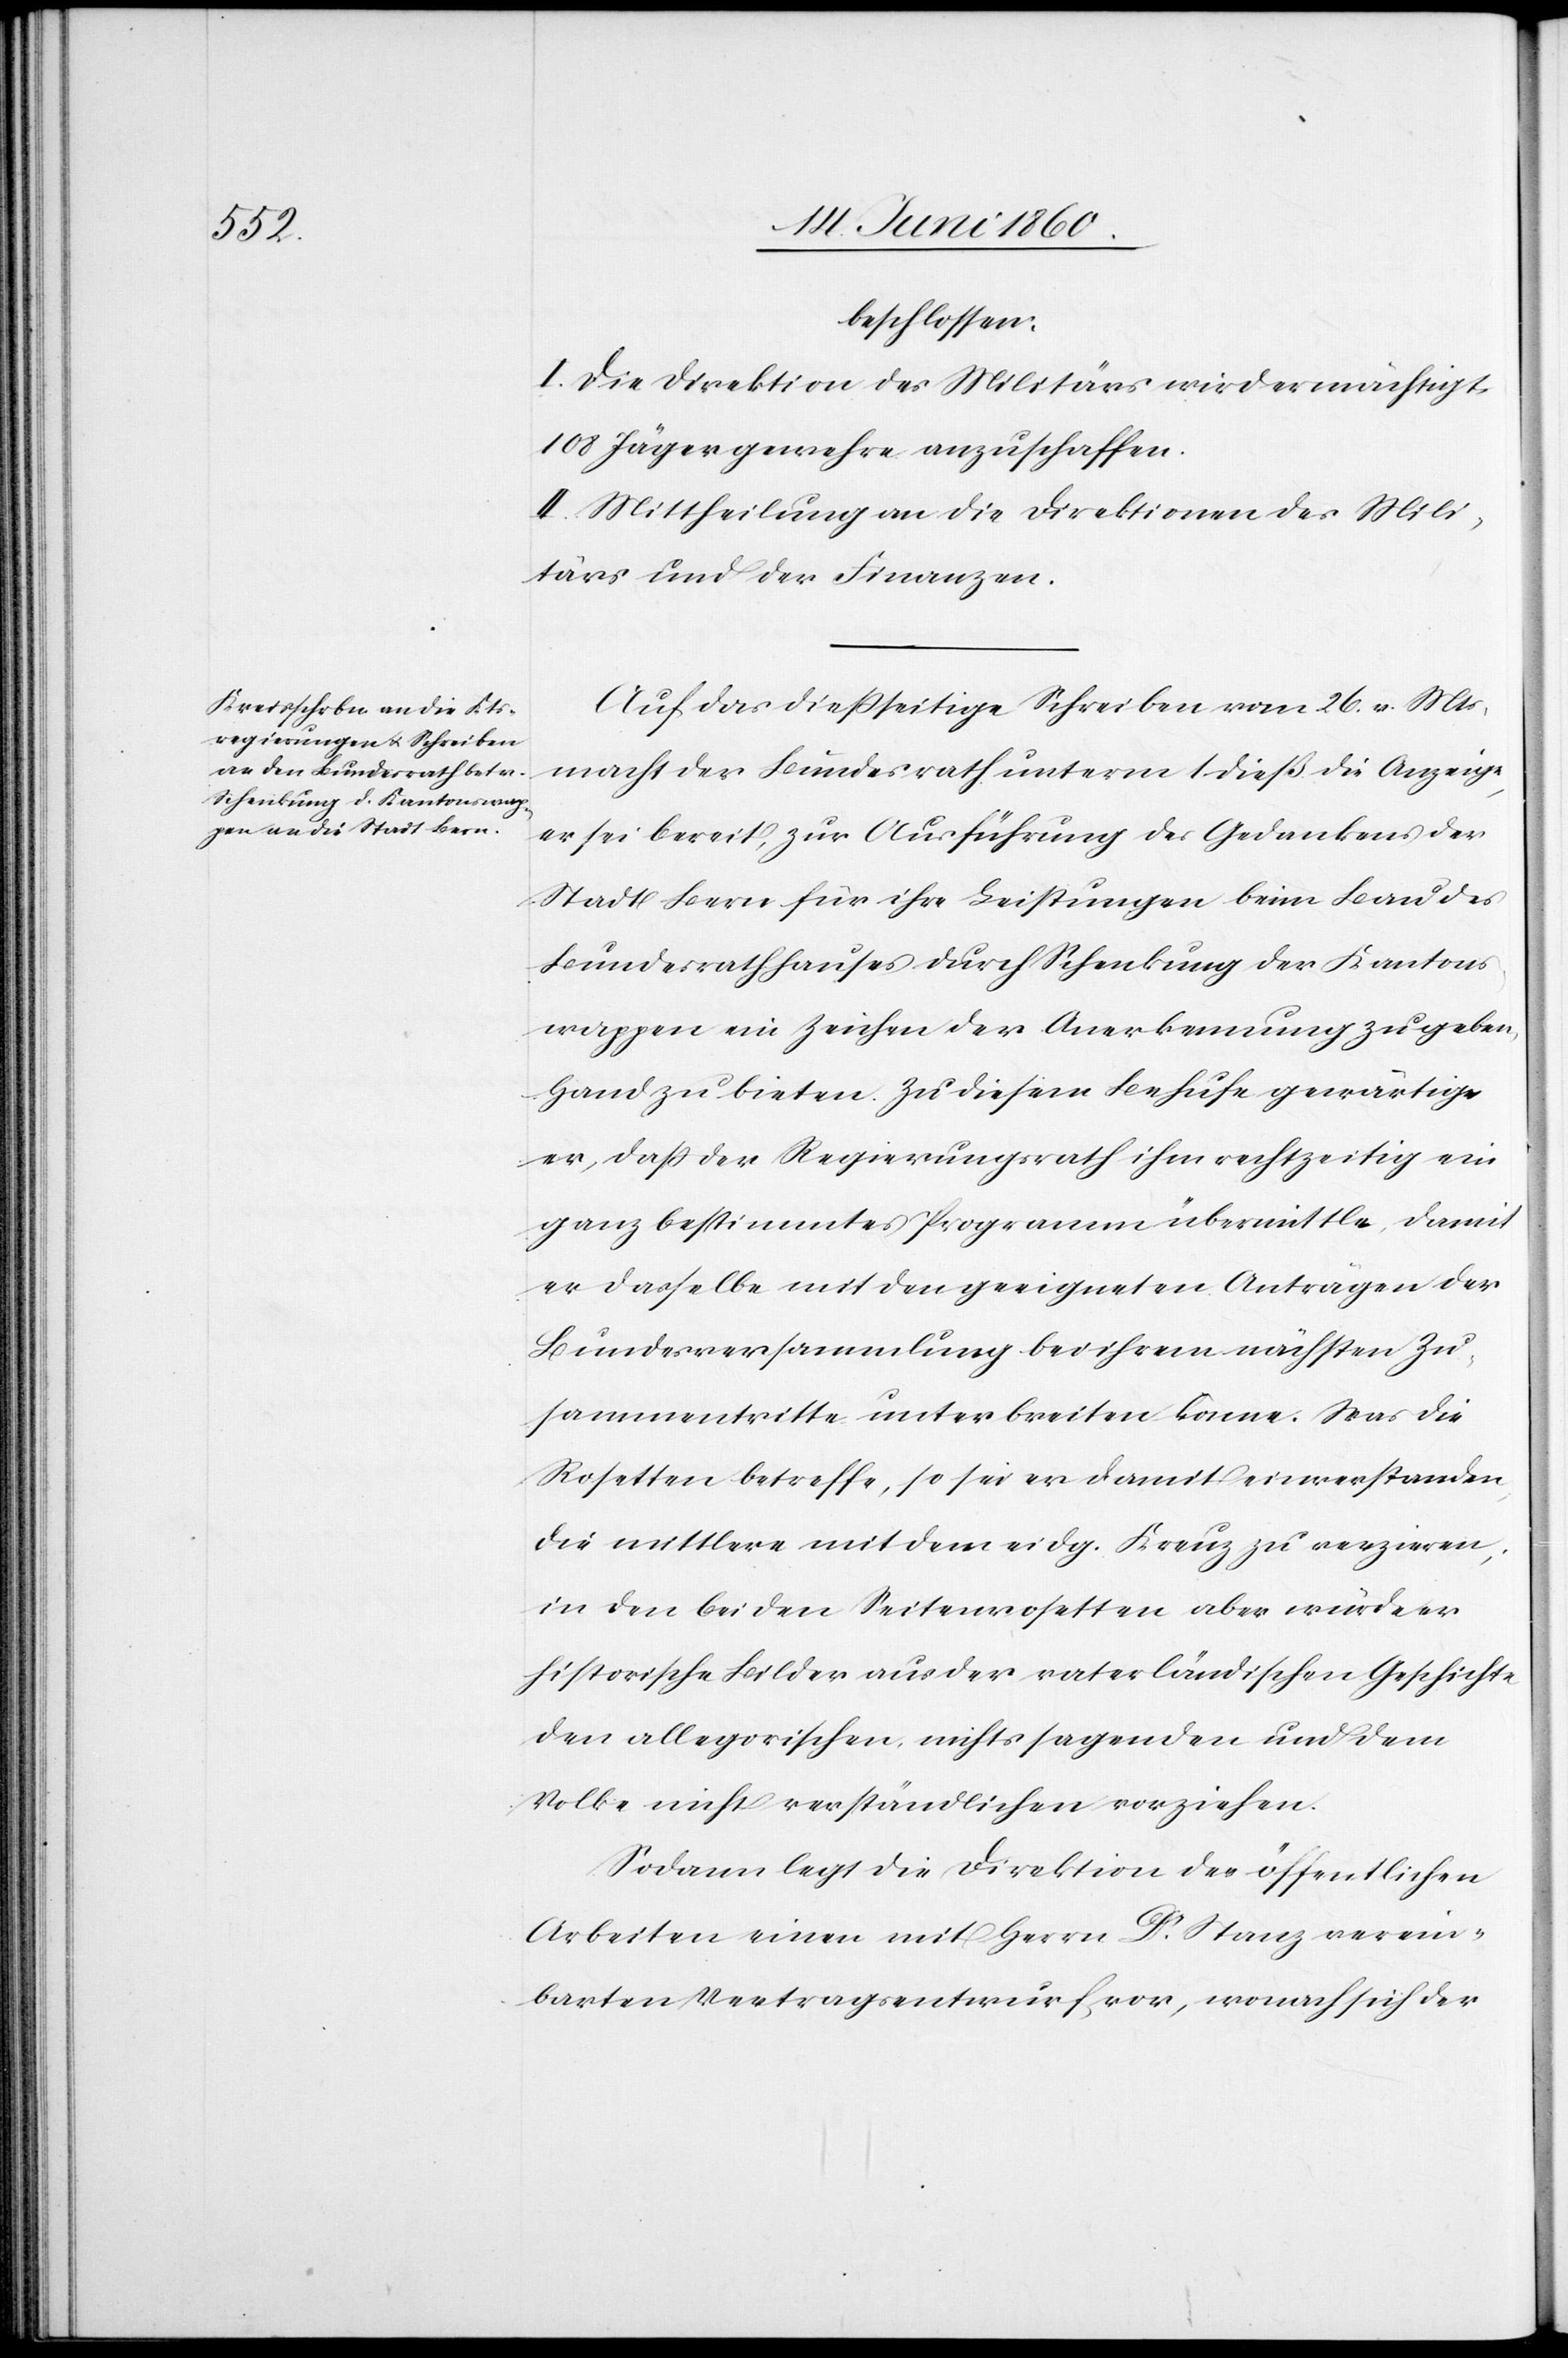
beschlossen:
I. Die Direktion des Militärs wird ermächtigt,
108 Jägergewehre anzuschaffen.
II. Mittheilung an die Direktionen des Mili¬
tärs und der Finanzen.
Auf das diesseitige Schreiben vom 26. v. Mts,
macht der Bundesrath unterm 1 dieß die Anzeige,
er sei bereit, zur Ausführung des Gedankens der
Stadt Bern für ihre Leistungen beim Bau des
Bundesrathhauses durch Schenkung der Kantons¬
wappen ein Zeichen der Anerkennung zu geben,
Hand zu bieten. Zu diesem Behufe gewärtige
er, dass der Regierungsrath ihm rechtzeitig ein
ganz bestimmtes Programm übermittle, damit
er dasselbe mit den geeigneten Anträgen der
Bundesversammlung bei ihrem nächsten Zu¬
sammentritte unterbreiten könne. Was die
Rosetten betreffe, so sei er damit einverstanden,
die mittlere mit dem eidg. Kreuz zu verzieren,
in den beiden Seitenrosetten aber würden er
historische Bilder aus der vaterländischen Gesichte
den allegorischen nichts sagenden und dem
Volke nicht verständlichen vorziehen.
Sodann legt die Direktion der öffentlichen
Arbeiten einen mit Herrn Dr Stanz verein¬
igten Vertragsentwurf vor, wonach sich der